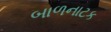
બાળનાટક